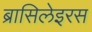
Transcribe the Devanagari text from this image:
ब्रासिलेइरस